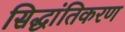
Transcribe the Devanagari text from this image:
सिद्धांतिकरण